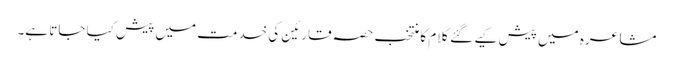
مشاعرہ میں پیش کیے گئے کلام کا منتخب حصہ قارئین کی خدمت میں پیش کیا جاتا ہے۔